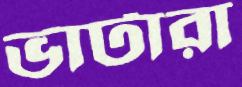
ভাটারা